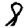
Digit: 8